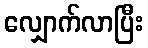
လျှောက်လာပြီး